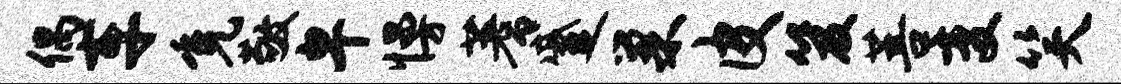
偶车免敬卑慢蓍蹙巢皮笈菩变笑